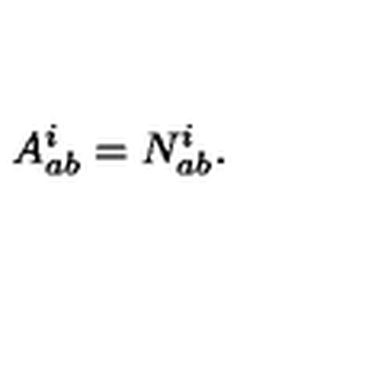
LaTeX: A _ { a b } ^ { i } = N _ { a b } ^ { i } .